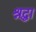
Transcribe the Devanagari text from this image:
श्रद्घा